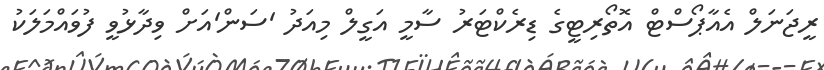
ރީޖަނަލް އެއާޕޯސްޓް އޮތޯރިޓީގެ ޑިރެކްޓަރު ސާމީ އަގީލް މިއަދު 'ސަން'އަށް ވިދާޅުވީ ފުވައްމަލަކު